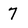
Character: 7